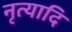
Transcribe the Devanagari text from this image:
नृत्यादि